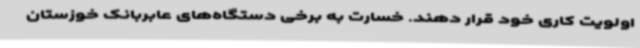
اولویت کاری خود قرار دهند. خسارت به برخی دستگاه‌های عابربانک‌ خوزستان